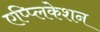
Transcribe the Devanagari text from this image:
एप्प्लिकेशन